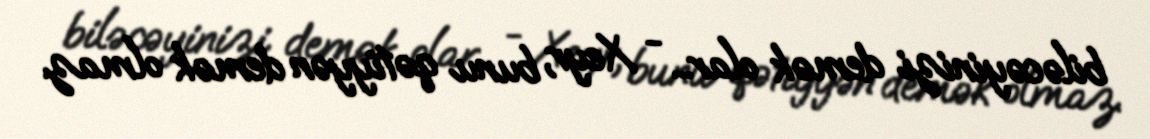
biləcəyinizi demək olar... - Xeyr, bunu qətiyyən demək olmaz.